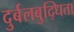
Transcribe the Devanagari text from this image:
दुर्बलबुद्धिता